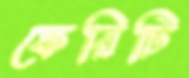
ফেরিটি